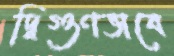
দ্বিগুণভাবে